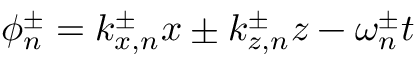
\phi _ { n } ^ { \pm } = k _ { x , n } ^ { \pm } x \pm k _ { z , n } ^ { \pm } z - \omega _ { n } ^ { \pm } t